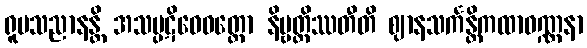
ရူပသညာနန္တိ အသမ္ပဋိဝေဓတ္ထော နိဗ္ဗတ္တိဿတီတိ ဈာနသင်္ကန္တိကထာဝဏ္ဏနာ